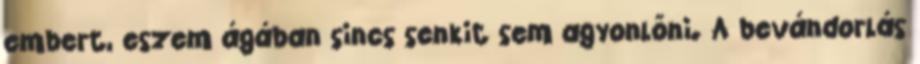
embert, eszem ágában sincs senkit sem agyonlőni. A bevándorlás